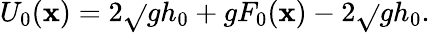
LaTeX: U_{0}(\mathbf{x})=2\sqrt{}{{gh_{0}+gF_{0}(\mathbf{x})}}-2\sqrt{}{{gh_{0}}}.